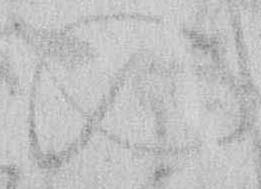
の